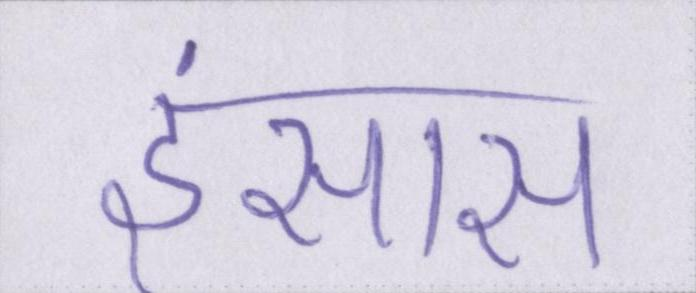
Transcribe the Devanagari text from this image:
इंसास